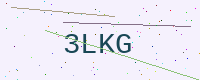
Text: 3LKG